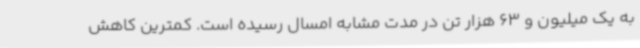
به یک میلیون و 63 هزار تن در مدت مشابه امسال رسیده است. کمترین کاهش